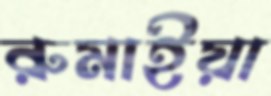
রুমাইয়া